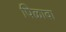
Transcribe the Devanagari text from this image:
पिळावा